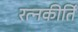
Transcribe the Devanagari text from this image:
रत्‍नकीर्ति